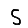
Digit: 5